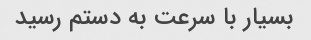
بسیار با سرعت به دستم رسید